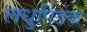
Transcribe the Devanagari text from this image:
लधुपिंडक